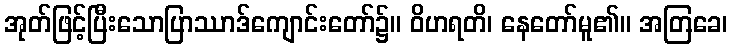
အုတ်ဖြင့်ပြီးသောပြာဿာဒ်ကျောင်းတော်၌။ ဝိဟရတိ၊ နေတော်မူ၏။ အတြခေ၊